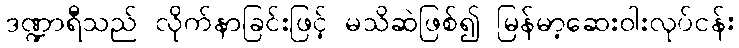
ဒဏ္ဍာရီသည် လိုက်နာခြင်းဖြင့် မသိဆဲဖြစ်၍ မြန်မာ့ဆေးဝါးလုပ်ငန်း